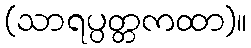
(သာရပ္ပတ္တကထာ)။